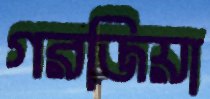
গরজিয়া